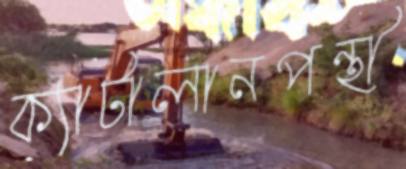
ক্যাটালানপন্থী